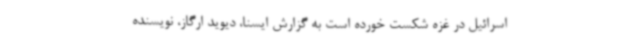
اسرائیل در غزه شکست خورده است به گزارش ایسنا، دیوید ارگاز، نویسنده